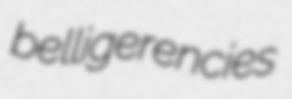
belligerencies